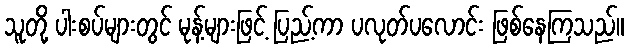
သူတို့ ပါးစပ်များတွင် မုန့်များဖြင့် ပြည့်ကာ ပလုတ်ပလောင်း ဖြစ်နေကြသည်။